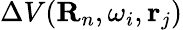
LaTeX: \Delta V({\mathbf R}_{n},\omega_{i},{\mathbf r}_{j})